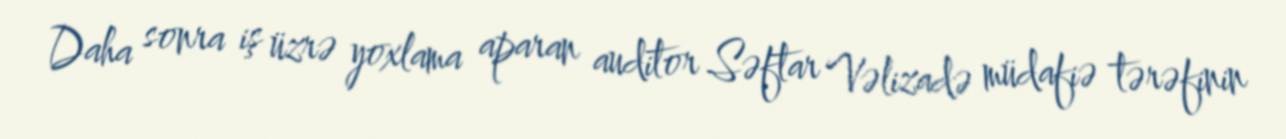
Daha sonra iş üzrə yoxlama aparan auditor Səftar Vəlizadə müdafiə tərəfinin